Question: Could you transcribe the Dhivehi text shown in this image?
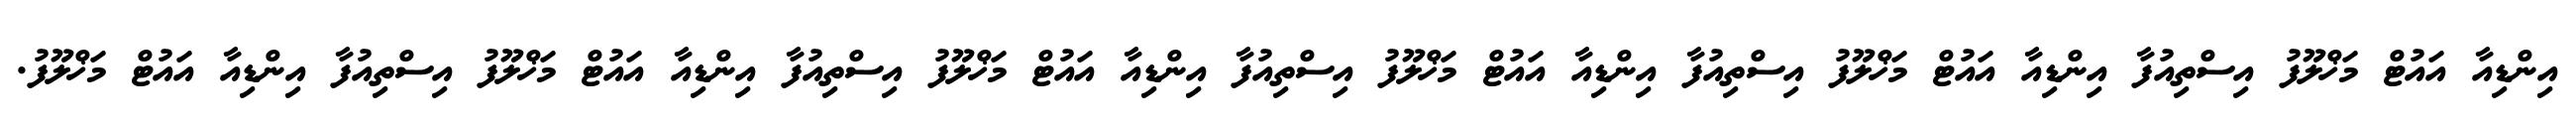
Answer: އިންޑިއާ އައުޓް މަޚްލޫފު އިސްތިއުފާ އިންޑިއާ އައުޓް މަޚްލޫފު އިސްތިއުފާ އިންޑިއާ އައުޓް މަޚްލޫފު އިސްތިއުފާ އިންޑިއާ އައުޓް މަޚްލޫފު އިސްތިއުފާ އިންޑިއާ އައުޓް މަޚްލޫފު އިސްތިއުފާ އިންޑިއާ އައުޓް މަޚްލޫފު.